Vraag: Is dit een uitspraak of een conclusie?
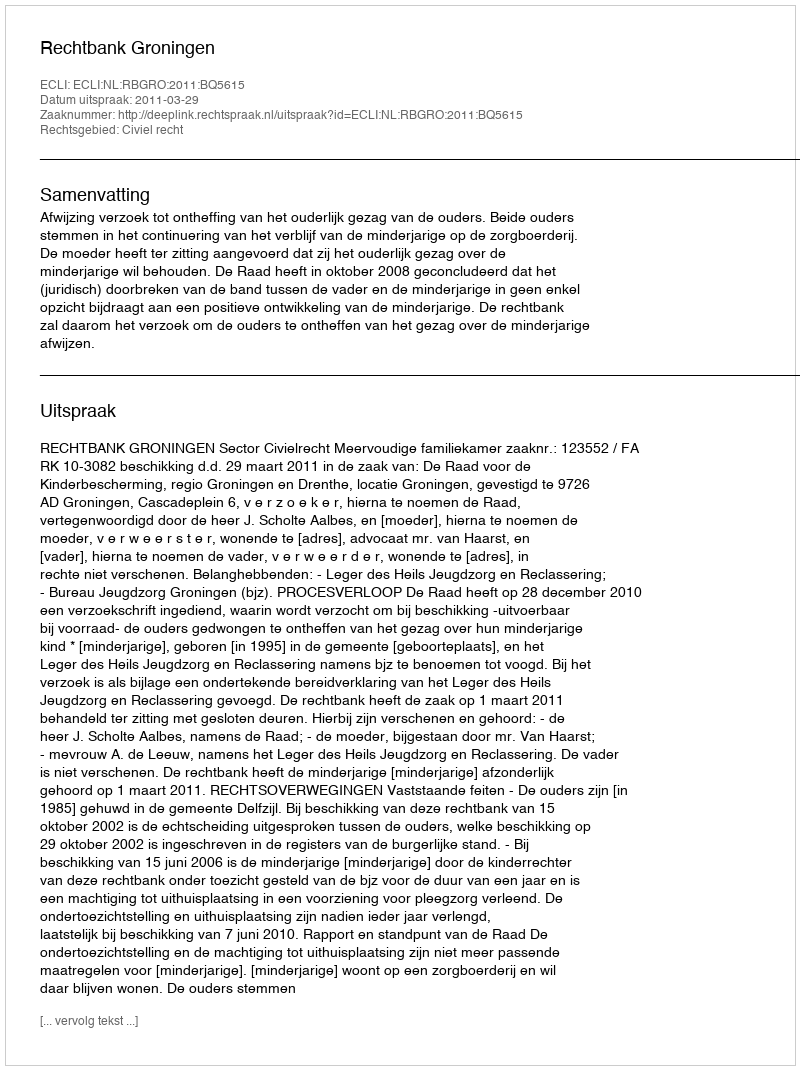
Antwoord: Uitspraak